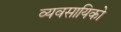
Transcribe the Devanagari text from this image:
व्यवसायिको